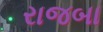
રાજબા